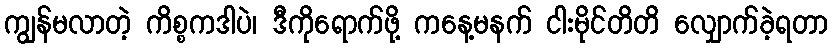
ကျွန်မလာတဲ့ ကိစ္စကဒါပဲ၊ ဒီကိုရောက်ဖို့ ကနေ့မနက် ငါးမိုင်တိတိ လျှောက်ခဲ့ရတာ